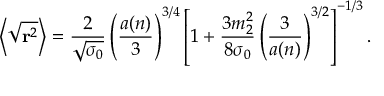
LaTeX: \left\langle \sqrt { { \bf r } ^ { 2 } } \right\rangle = \frac 2 { \sqrt { \sigma _ { 0 } } } \left( \frac { a ( n ) } 3 \right) ^ { 3 / 4 } \left[ 1 + \frac { 3 m _ { 2 } ^ { 2 } } { 8 \sigma _ { 0 } } \left( \frac 3 { a ( n ) } \right) ^ { 3 / 2 } \right] ^ { - 1 / 3 } .